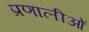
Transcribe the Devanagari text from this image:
प्रणालीओं